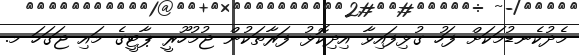
މެދުކެނޑުމަކަށް ފަހު ގުޅިފައިވާ އިދިކޮޅު ފަރާތަކުން ޖުމުހޫރީ ޕާޓީގެ މައި ޖަގަހަ މ.